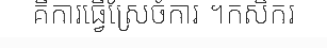
គឺការធ្វើស្រែចំការ ។កសិករ